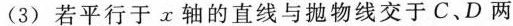
(3)若平行于x轴的直线与抛物线交于C、D两